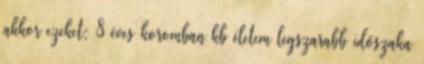
akkor ezeket: 8 éves koromban kb életem legszarabb időszaka